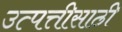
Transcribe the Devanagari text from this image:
उत्पत्तीसाठी